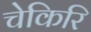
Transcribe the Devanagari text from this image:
चेकिरि